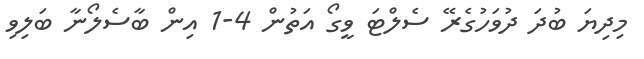
މިދިޔަ ބުދަަ ދުވަހުގެރޭ ސެލްޓަ ވީގޯ އަތުން 4-1 އިން ބާސެލޯނާ ބަލިވި